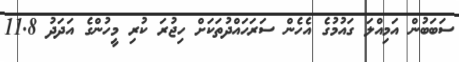
ސަބަބުން އަމިއްލަ ގައުމުގެ އެހެން ސަރަހައްދުތަކަށް ހިޖުރަ ކުރި މީހުންގެ އަދަދު 11.8